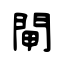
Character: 閘